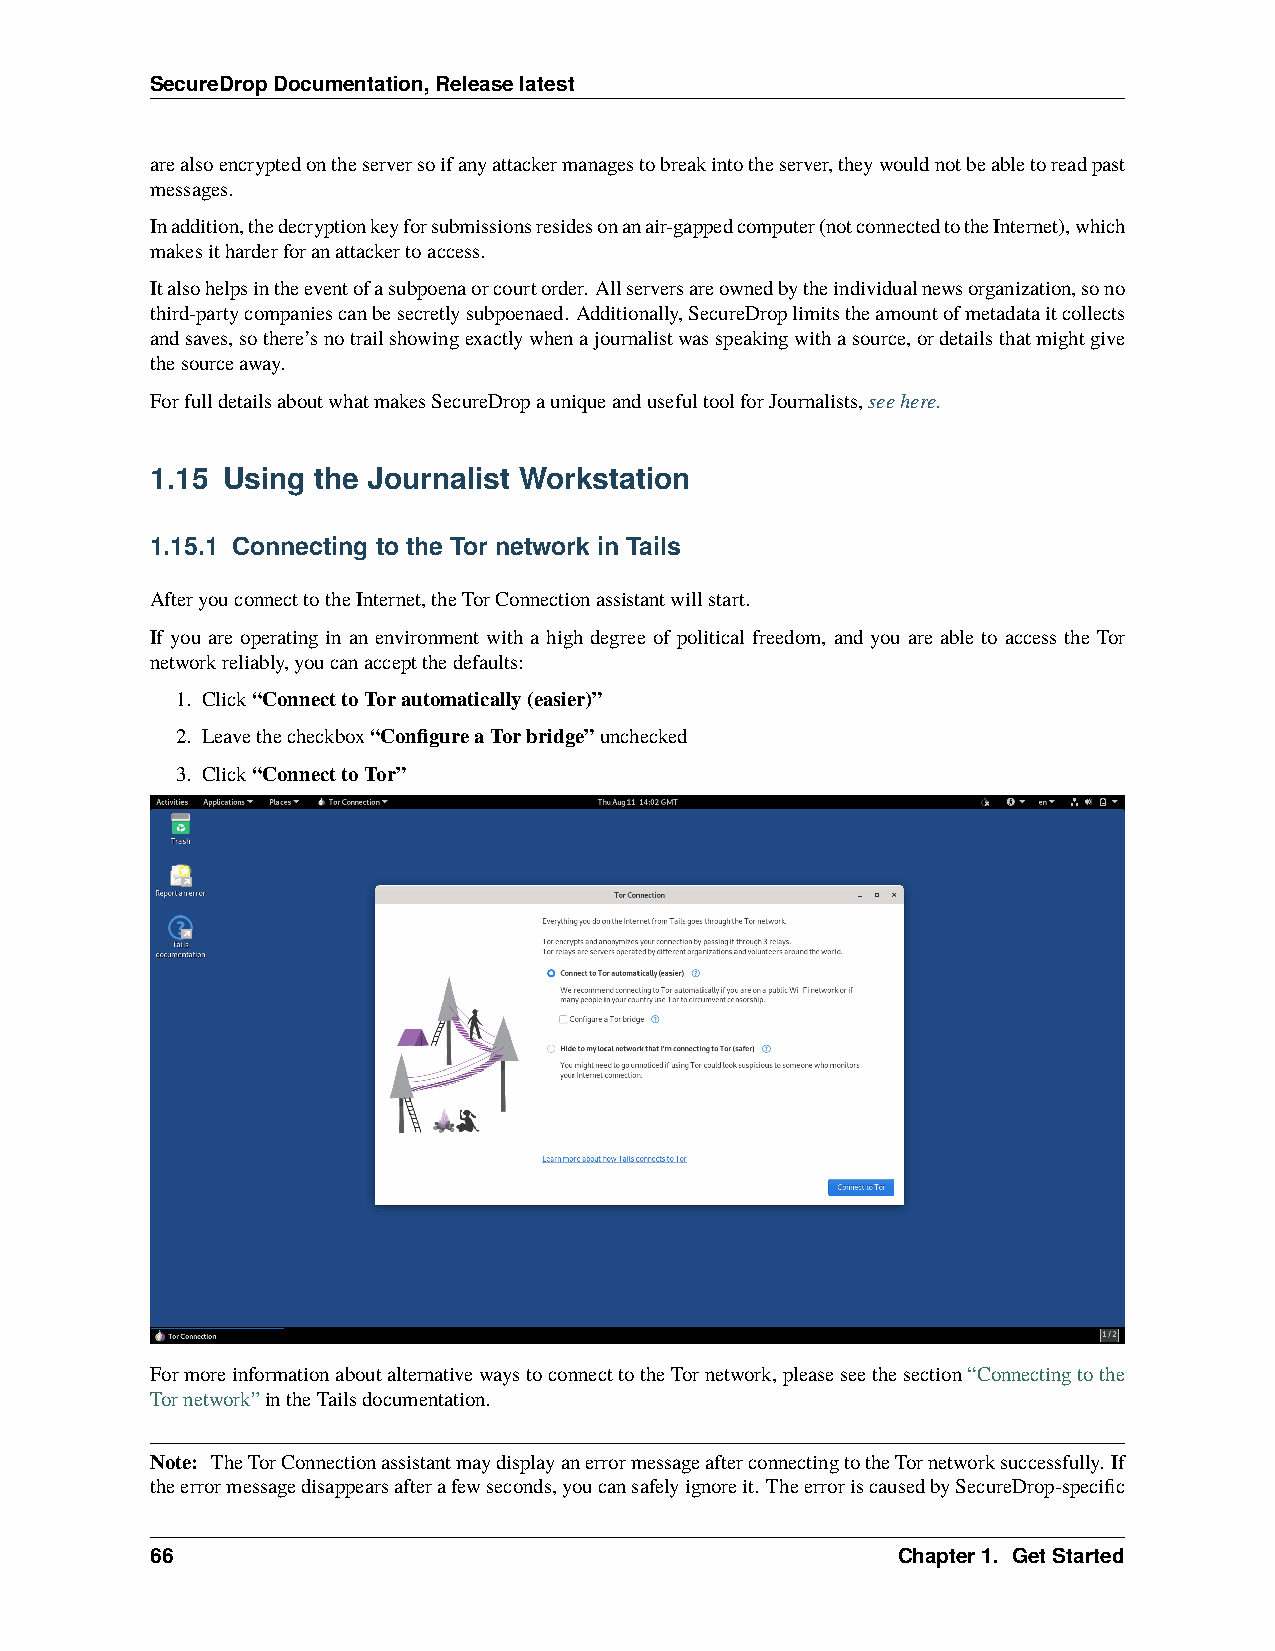
SecureDropDocumentation,Releaselatest
 arealsoencryptedontheserversoifanyattackermanagestobreakintotheserver,theywouldnotbeabletoreadpast
 messages.
 Inaddition,thedecryptionkeyforsubmissionsresidesonanair-gappedcomputer(notconnectedtotheInternet),which
 makesitharderforanattackertoaccess.
 Italsohelpsintheeventofasubpoenaorcourtorder. Allserversareownedbytheindividualnewsorganization,sono
 third-partycompaniescanbesecretlysubpoenaed. Additionally,SecureDroplimitstheamountofmetadataitcollects
 andsaves,sothere’snotrailshowingexactlywhenajournalistwasspeakingwithasource,ordetailsthatmightgive
 thesourceaway.
 ForfulldetailsaboutwhatmakesSecureDropauniqueandusefultoolforJournalists,seehere.
 1.15 Using the Journalist Workstation
 1.15.1 Connecting to the Tor network in Tails
 AfteryouconnecttotheInternet,theTorConnectionassistantwillstart.
 If you are operating in an environment with a high degree of political freedom, and you are able to access the Tor
 networkreliably,youcanacceptthedefaults:
 1. Click“ConnecttoTorautomatically(easier)”
 2. Leavethecheckbox“ConfigureaTorbridge”unchecked
 3. Click“ConnecttoTor”
 FormoreinformationaboutalternativewaystoconnecttotheTornetwork,pleaseseethesection“Connectingtothe
 Tornetwork”intheTailsdocumentation.
 Note: TheTorConnectionassistantmaydisplayanerrormessageafterconnectingtotheTornetworksuccessfully. If
 theerrormessagedisappearsafterafewseconds,youcansafelyignoreit. TheerroriscausedbySecureDrop-specific
 66                                               Chapter1. GetStarted